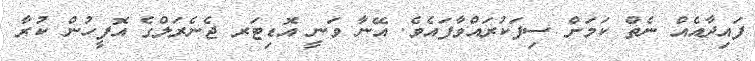
ފައިދާއެއް ނެތް ކަމަށް ސިފަކުރައްވާފައެވެ. އޭނާ ވަނީ އޮޑިޓަރ ޖެނެރަލްގެ އޮފީހުން ކުރާ